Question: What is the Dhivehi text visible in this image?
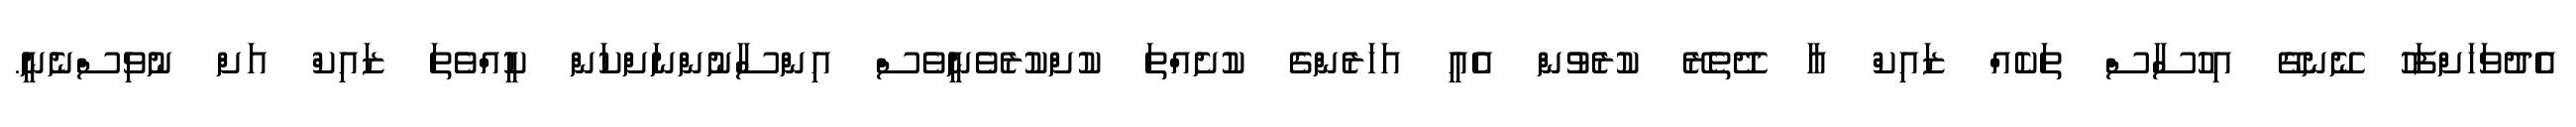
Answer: އެދުވަހަށްފަހު ނޭނގޭ އިހުސާސް ތަކެއް ޒައިކް އާ ދޭތެރޭ ކުރެވުން އެއީ އަހަރެންގެ ކުށެއްތަ ކުށްކުރެވެނީވެސް އިންސާނުންނަށްކަން ކީއްވެތަ ޒައިކް އަށް ނުވިސްނެނީ.